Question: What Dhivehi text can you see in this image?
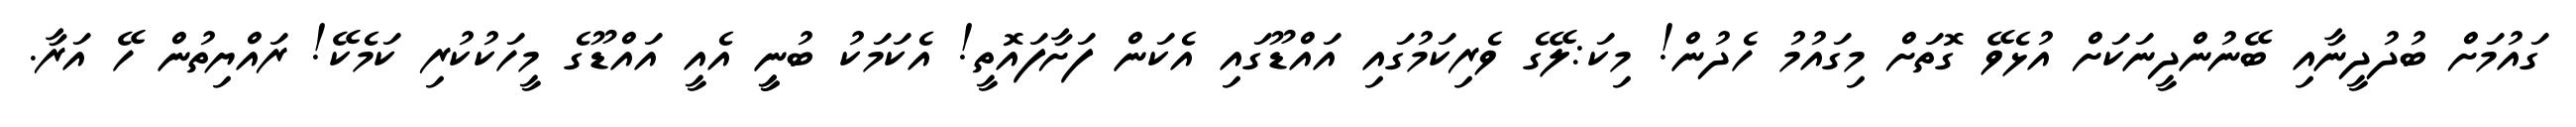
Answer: ގައުމަށް ބުދުދީނާއި ބޭނުންދީނަކަށް އުޅެވޭ ގޮތަށް މިގައުމު ހެދުން! މިކަ:ލޭގެ ވެރިކަމުގައި އައްޑޫގައި އެކަން ފަށާފައޮތީ! އެކަމަކު ބުނީީ އެއީ އައްޑޫގެ މީހަކުކުރި ކަމެކޭ! ރައްޔިތުން ހޭ އަރާ.